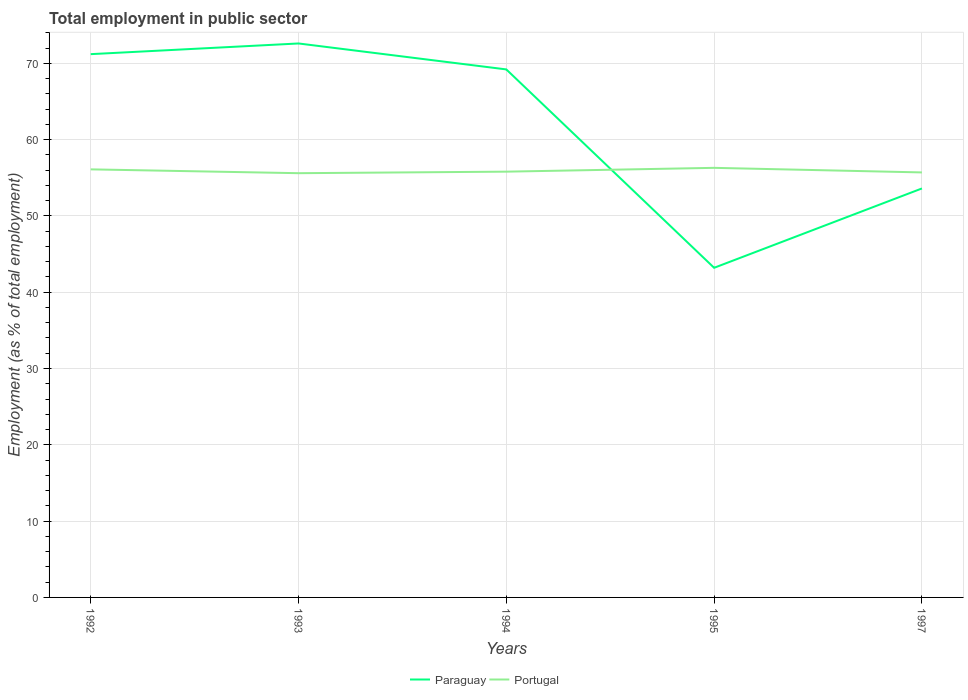
| Years | Paraguay | Portugal |
 | --- | --- | --- |
 | 1992 | 71.2 | 56.1 |
 | 1993 | 72.6 | 55.6 |
 | 1994 | 69.2 | 55.8 |
 | 1995 | 43.2 | 56.3 |
 | 1997 | 53.6 | 55.7 |